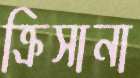
ক্রিসানা